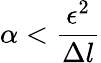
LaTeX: \alpha<\frac{\epsilon^{2}}{\Delta l}